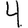
Digit: 4